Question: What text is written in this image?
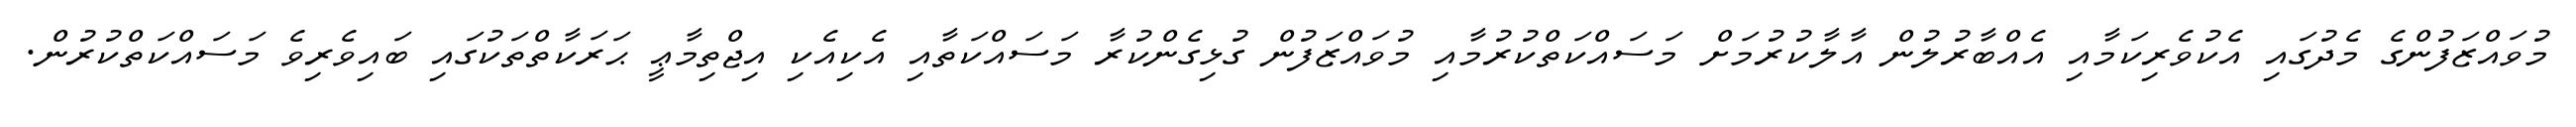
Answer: މުވައްޒަފުންގެ މެދުގައި އެކުވެރިކަމާއި އެއްބާރުލުން އާލާކުރުމަށް މަސައްކަތްކުރުމާއި މުވައްޒަފުން ގުޅިގެންކުރާ މަސައްކަތާއި އެކިއެކި އިޖްތިމާޢީ ޙަރަކާތްތަކުގައި ބައިވެރިވެ މަސައްކަތްކުރުން.